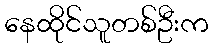
နေထိုင်သူတစ်ဦးက